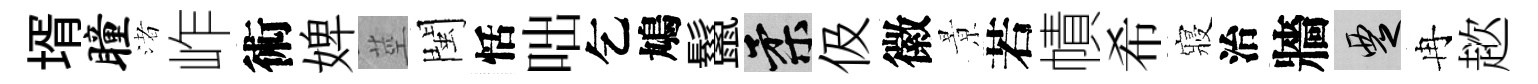
壻瞳渚岞術婢莖閩恬咄乞鳩鬣柔伋徽㬌若幘希寢治牆覂冉趑